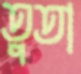
তুতা